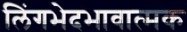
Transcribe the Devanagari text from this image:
लिंगभेदभावात्मक